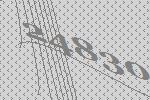
24830